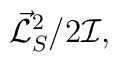
{\vec{\cal L}_S}^2 /2{\cal I},